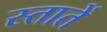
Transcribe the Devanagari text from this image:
स्तातें